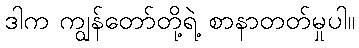
ဒါက ကျွန်တော်တို့ရဲ့ စာနာတတ်မှုပါ။